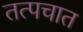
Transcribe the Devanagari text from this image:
तत्पचात